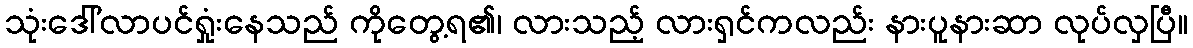
သုံးဒေါ်လာပင်ရှုံးနေသည် ကိုတွေ့ရ၏၊ လားသည့် လားရှင်ကလည်း နားပူနားဆာ လုပ်လှပြီ။